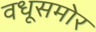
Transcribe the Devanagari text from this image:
वधूसमोर